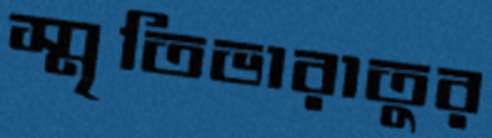
স্মৃতিভারাতুর